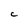
Character: C